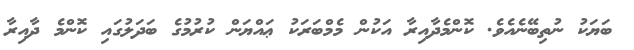
ބަޔަކު ނުތިބޭނެއެވެ. ކޮންމެދާއިރާ އަކުން މެމްބަރަކު ޢައްޔަން ކުރުމުގެ ބަދަލުގައި ކޮންމެ ދާއިރާ